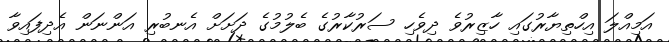
އަމިއްލަ އިހްތިޔާރުގައި ހާޒިރުވެ ދިވެހި ސަރުކާރުގެ ބެލުމުގެ ދަށަށް އެނބުރި އަންނަން އެދިފައިވާ